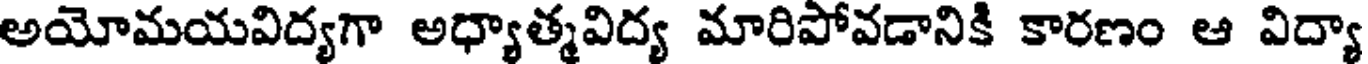
అయోమయవిద్యగా అధ్యాత్మవిద్య మారిపోవడానికి కారణం ఆ విద్యా